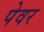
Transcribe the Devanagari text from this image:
पेवर